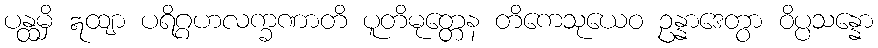
ပန္ထမှိ ဣထျာ ပရိဂ္ဂဟလက္ခဏာတိ ပူတိမုတ္တေန တိကေသုယေဝ ဥန္နာဒေတွာ ဝိပ္ပသန္နော